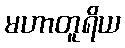
မဟာတူရိယ